Report on vaccination in Madras 1877-1894 - 1877-1894
Year: 1877
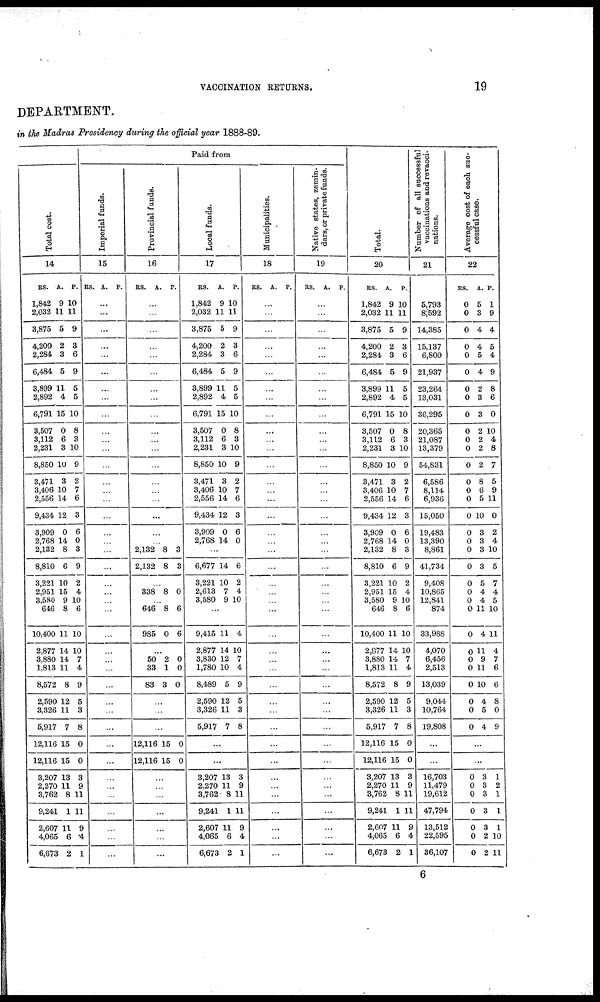
VACCINATION RETURNS.
19
DEPARTMENT.
in the Madras Presidency during the official year 1888-89.
Total cost.
14
RS.
1,842
2,032
3,875
4,200
2,284
6,484
3,899
2,892
6,791
3,507
3,112
2,231
8,850
3,471
3,406
2,556
9,434
3,909
2,768
2,132
8,810
3,221
2,951
3,580
646
10,400
2,877
3,880
1,813
8,572
2,590
3,326
5,917
12,116
12,116
3,207
2,270
3,762
9,241
2,607
4,065
6,673
A.
9
11
5
2
3
5
11
4
15
0
6
3
10
3
10
14
12
0
14
8
6
10
15
9
8
11
14
14
11
8
12
11
7
15
15
13
11
8
1
11
6
2
P.
10
11
9
3
6
9
5
5
10
8
3
10
9
2
7
6
3
6
0
3
9
2
4
10
6
10
10
7
4
9
5
3
8
0
0
3
9
11
11
9
4
1
Paid from
Imperial funds.
15
RS. A. P.
...
...
...
...
...
...
...
...
...
...
...
...
...
...
...
...
...
...
...
...
...
...
...
...
...
...
...
...
...
...
...
...
...
...
...
...
...
...
...
...
...
...
Provincial funds.
16
RS.
A. P.
...
...
...
...
...
...
...
...
...
...
...
...
...
...
...
...
...
...
...
2,132
2,132
8
8
3
3
...
338 8 0
...
646
985
8
0
6
6
...
50
33
83
2
1
3
0
0
0
...
...
...
12,116
12,116
15
15
0
0
...
...
...
...
...
...
...
Local funds.
17
RS.
1,842
2,032
3,875
4,200
2,284
6,484
3,899
2,892
6,791
3,507
3,112
2,231
8,850
3,471
3,406
2,556
9,434
3,909
2,768
A.
9
11
5
2
3
5
11
4
15
0
6
3
10
3
10
14
12
0
14
P.
10
11
9
3
6
9
5
5
10
8
3
10
9
2
7
6
3
6
0
...
6,677
3,221
2,613
3,580
14
10
7
9
6
2
4
10
...
9,415
2,877
3,830
1,780
8,489
2,590
3,326
5,917
11
14
12
10
5
12
11
7
4
10
7
4
9
5
3
8
...
...
3,207
2,270
3,762
9,241
2,607
4,065
6,673
13
11
8
1
11
6
2
3
9
11
11
9
4
1
Municipalities.
18
RS. A. P.
...
...
...
...
...
...
...
...
...
...
...
...
...
...
...
...
...
...
...
...
...
...
...
...
...
...
...
...
...
...
...
...
...
...
...
...
...
...
...
...
...
...
Native states, zemin-
dars, or private funds.
19
RS. A. P.
...
...
...
...
...
...
...
...
...
...
...
...
...
...
...
...
...
...
...
...
...
...
...
...
...
...
...
...
...
...
...
...
...
...
...
...
...
...
...
...
...
...
Total.
20
RS.
1,842
2,032
3,875
4,200
2,284
6,484
3,899
2,892
6,791
3,507
3,112
2,231
8,850
3,471
3,406
2,556
9,434
3,909
2,768
2,132
8,810
3,221
2,951
3,580
646
10,400
2,877
3,880
1,813
8,572
2,590
3,326
5,917
12,116
12,116
3,207
2,270
3,762
9,241
2,607
4,065
6,673
A.
9
11
5
2
3
5
11
4
15
0
6
3
10
3
10
14
12
0
14
8
6
10
15
9
8
11
14
14
11
8
12
11
7
15
15
13
11
8
1
1
6
2
P.
10
11
9
3
6
9
5
5
10
8
3
10
9
2
7
6
3
6
0
3
9
2
4
10
6
10
10
7
4
9
5
3
8
0
0
3
9
11
11
9
4
1
Number of all successful
vaccinations and revacci¬
nations.
21
5,793
8,592
14,385
15,137
6,800
21,937
23,264
13,031
36,295
20,365
21,087
13,379
54,831
6,586
8,114
6,936
15,050
19,483
13,390
8,861
41,734
9,408
10,865
12,841
874
33,988
4,070
6,456
2,513
13,039
9,044
10,764
19,808
...
...
16,703
11,479
19,612
47,794
13,512
22,595
36,107
Average cost of each suc-
cessful case.
22
RS.
0
0
0
0
0
0
0
0
0
0
0
0
0
0
0
0
0
0
0
0
0
0
0
0
0
0
0
0
0
0
0
0
0
A.
5
3
4
4
5
4
2
3
3
2
2
2
2
8
6
5
10
3
3
3
3
5
4
4
11
4
11
9
11
10
4
5
4
P.
1
9
4
5
4
9
8
6
0
10
4
8
7
5
9
11
0
2
4
10
5
7
4
5
10
11
4
7
6
6
8
0
9
...
...
0
0
0
0
0
0
0
3
3
3
3
3
2
2
1
2
1
1
1
10
11
6